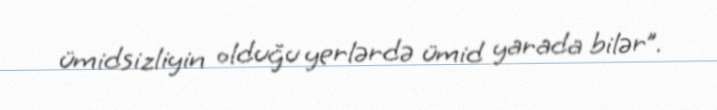
ümidsizliyin olduğu yerlərdə ümid yarada bilər”.